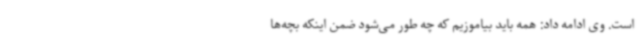
است. وی ادامه داد: همه باید بیاموزیم که چه طور می‌شود ضمن اینکه بچه‌ها